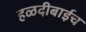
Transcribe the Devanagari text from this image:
हळदीबाईच